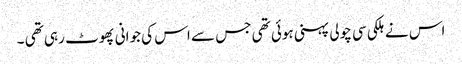
اس نے ہلکی سی چولی پہنی ہوئی تھی جس سے اس کی جوانی پھوٹ رہی تھی ۔